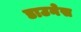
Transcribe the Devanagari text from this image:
डाउनेस